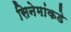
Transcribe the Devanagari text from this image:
सिनेमांकडे